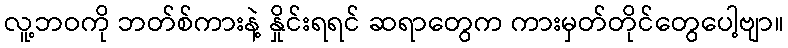
လူ့ဘဝကို ဘတ်စ်ကားနဲ့ နှိုင်းရရင် ဆရာတွေက ကားမှတ်တိုင်တွေပေါ့ဗျာ။